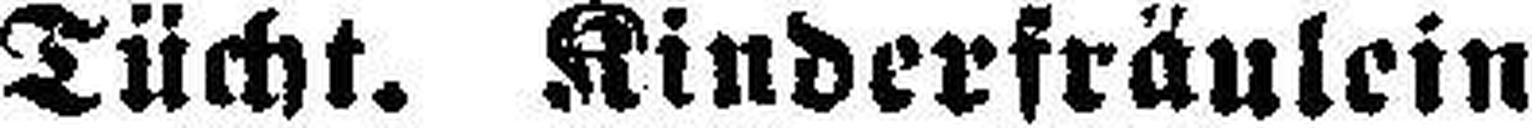
Tücht. Kinderfräulein